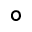
\circ